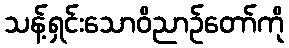
သန့်ရှင်းသောဝိညာဉ်တော်ကို